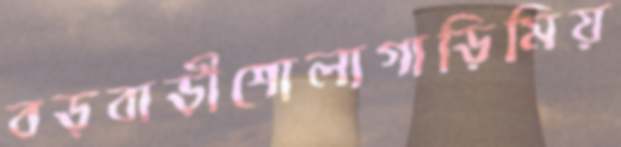
বড়বাড়ীশোলাগাড়িমিয়